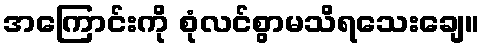
အကြောင်းကို စုံလင်စွာမသိရသေးချေ။